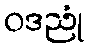
ဝဒညုံ